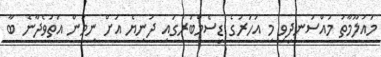
މައުލޫމާތު މުއްސަނދިވި މި އަހަރުގެ ޑިސެމްބަރުގައި ދުނިޔެ އަށް ނިމުން އަތުވެދާނެ ބާ